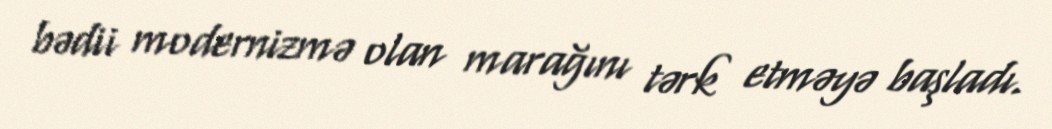
bədii modernizmə olan marağını tərk etməyə başladı.